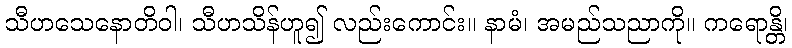
သီဟသေနောတိဝါ၊ သီဟသိန်ဟူ၍ လည်းကောင်း။ နာမံ၊ အမည်သညာကို။ ကရောန္တိ၊